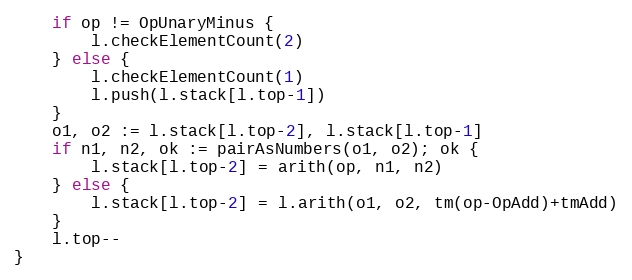
Language: Go
	if op != OpUnaryMinus {
		l.checkElementCount(2)
	} else {
		l.checkElementCount(1)
		l.push(l.stack[l.top-1])
	}
	o1, o2 := l.stack[l.top-2], l.stack[l.top-1]
	if n1, n2, ok := pairAsNumbers(o1, o2); ok {
		l.stack[l.top-2] = arith(op, n1, n2)
	} else {
		l.stack[l.top-2] = l.arith(o1, o2, tm(op-OpAdd)+tmAdd)
	}
	l.top--
}